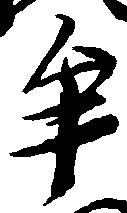
牟